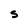
Character: S